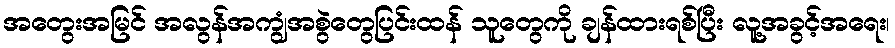
အတွေးအမြင် အလွန်အကျွံအစွဲတွေပြင်းထန် သူတွေကို ချန်ထားရစ်ပြီး လူ့အခွင့်အရေး၊